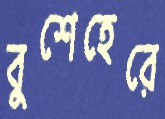
বুশেহেরে